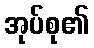
အုပ်စု၏